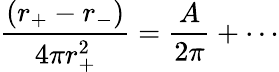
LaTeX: \frac{(r_{+}-r_{-})}{4\pi r_{+}^{2}}=\frac{A}{2\pi}+\cdots